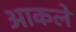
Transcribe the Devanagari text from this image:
आकले